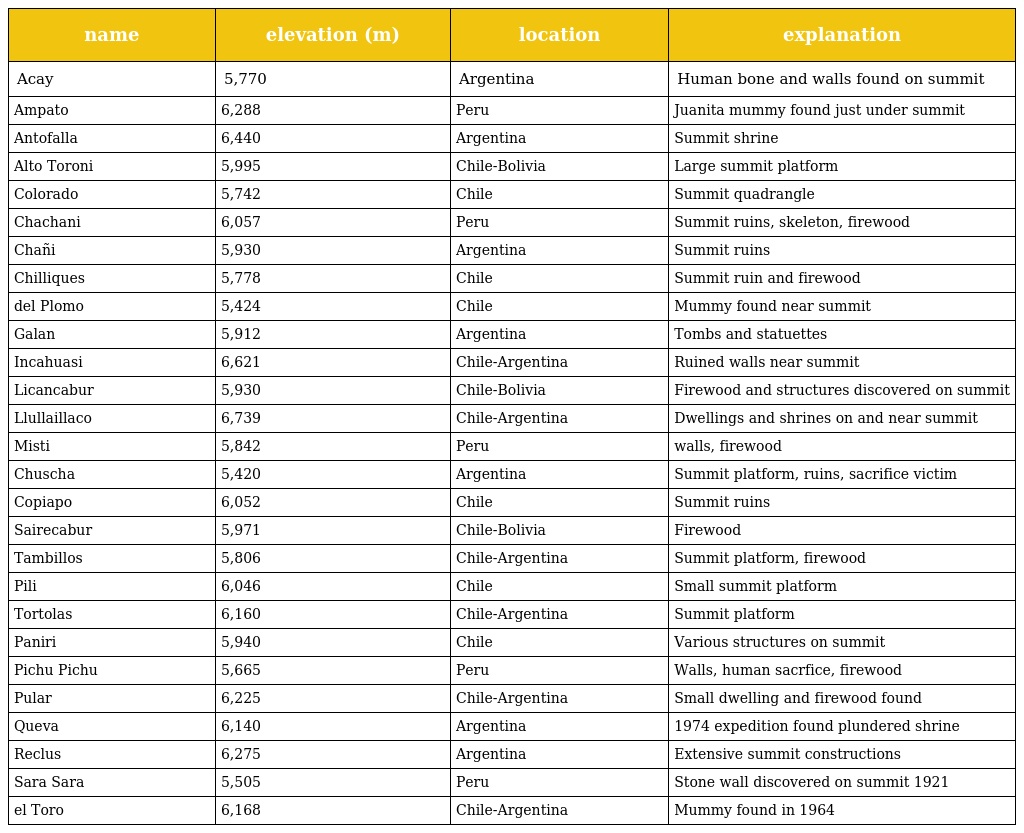
| name | elevation (m) | location | explanation |
 | --- | --- | --- | --- |
 | Acay | 5,770 | Argentina | Human bone and walls found on summit |
 | Ampato | 6,288 | Peru | Juanita mummy found just under summit |
 | Antofalla | 6,440 | Argentina | Summit shrine |
 | Alto Toroni | 5,995 | Chile-Bolivia | Large summit platform |
 | Colorado | 5,742 | Chile | Summit quadrangle |
 | Chachani | 6,057 | Peru | Summit ruins, skeleton, firewood |
 | Chañi | 5,930 | Argentina | Summit ruins |
 | Chilliques | 5,778 | Chile | Summit ruin and firewood |
 | del Plomo | 5,424 | Chile | Mummy found near summit |
 | Galan | 5,912 | Argentina | Tombs and statuettes |
 | Incahuasi | 6,621 | Chile-Argentina | Ruined walls near summit |
 | Licancabur | 5,930 | Chile-Bolivia | Firewood and structures discovered on summit |
 | Llullaillaco | 6,739 | Chile-Argentina | Dwellings and shrines on and near summit |
 | Misti | 5,842 | Peru | walls, firewood |
 | Chuscha | 5,420 | Argentina | Summit platform, ruins, sacrifice victim |
 | Copiapo | 6,052 | Chile | Summit ruins |
 | Sairecabur | 5,971 | Chile-Bolivia | Firewood |
 | Tambillos | 5,806 | Chile-Argentina | Summit platform, firewood |
 | Pili | 6,046 | Chile | Small summit platform |
 | Tortolas | 6,160 | Chile-Argentina | Summit platform |
 | Paniri | 5,940 | Chile | Various structures on summit |
 | Pichu Pichu | 5,665 | Peru | Walls, human sacrfice, firewood |
 | Pular | 6,225 | Chile-Argentina | Small dwelling and firewood found |
 | Queva | 6,140 | Argentina | 1974 expedition found plundered shrine |
 | Reclus | 6,275 | Argentina | Extensive summit constructions |
 | Sara Sara | 5,505 | Peru | Stone wall discovered on summit 1921 |
 | el Toro | 6,168 | Chile-Argentina | Mummy found in 1964 |